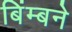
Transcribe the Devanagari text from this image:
बिंम्बने